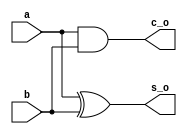
module half_adder(a,b,s_o,c_o);
    input a,b;
    output s_o,c_o;

    xor (s_o,a,b);
    and (c_o,a,b);
endmodule

module full_adder(A,B,C_in,Sum,C_out);
    input A,B,C_in;
    output Sum,C_out;

    wire S1,S2,S3; // first HA sum, first HA C_out, second HA C_out

    half_adder u1(A,B,S1,S2);
    half_adder u2(S1,C_in,Sum,S3);
    or (C_out,S2,S3);
endmodule

module ripple_carry_adder(AA,BB,SS,Co);
    input [3:0]AA;
    input [3:0]BB;
    output [3:0]SS;
    output Co;

    wire [2:0]cc;
    reg c_in = 1'b0;

    full_adder fa0(AA[0],BB[0],c_in,SS[0],cc[0]);
    full_adder fa1(AA[1],BB[1],cc[0],SS[1],cc[1]);
    full_adder fa2(AA[2],BB[2],cc[1],SS[2],cc[2]);
    full_adder fa3(AA[3],BB[3],cc[2],SS[3],Co);

endmodule

module addr_sub(A_in,B_in,Sel,Res_o,CB_bit);
    input [3:0]A_in;
    input [3:0]B_in;
    input Sel;
    output [3:0]Res_o;
    output CB_bit;

    wire [3:0]W;

    xor (W[0],B_in[0],Sel);
    xor (W[1],B_in[1],Sel);
    xor (W[2],B_in[2],Sel);
    xor (W[3],B_in[3],Sel);

    ripple_carry_adder rca(A_in,W,Res_o,CB_bit);
endmodule